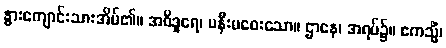
နွားကျောင်းသားအိမ်၏။ အဝိဒူရေ၊ မနီးမဝေးသော။ ဌာနေ၊ အရပ်၌။ ဧကသ္မိံ၊